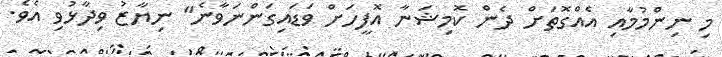
މި ނިންމުމާއި އެއްގޮތަށް ދެން ކޮމިޝަނާ އޮފީހަށް ވަޑައިގަންނަވާނެ" ނިޔާޒު ވިދާޅުވި އެވެ.